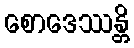
စောဒေဿန္တိ